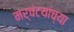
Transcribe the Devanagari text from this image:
मर्चंटयांच्या